Scottish Certificate of Education, 1963
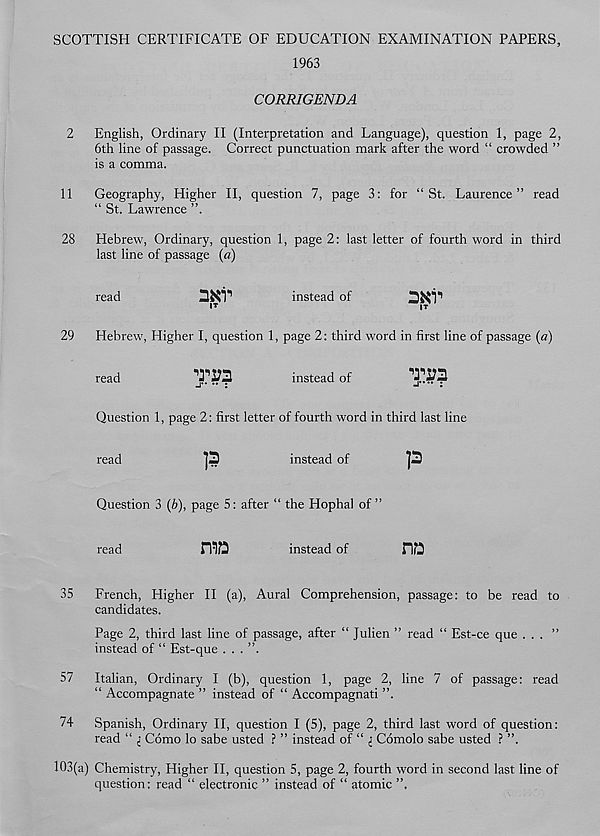
SCOTTISH CERTIFICATE OF EDUCATION EXAMINATION PAPERS,
1963
CORRIGENDA
2
English, Ordinary II (Interpretation and Language), question 1, page 2,
6th line of passage. Correct punctuation mark after the word “ crowded ”
is a comma.
11
Geography, Higher II, question 7, page 3: for “St. Laurence” read
“ St. Lawrence ”.
28
Hebrew, Ordinary, question 1, page 2: last letter of fourth word in third
last line of passage (a)
read
instead of
DKl'’
■ T
IT
29
Hebrew, Higher I, question 1, page 2: third word in first line of passage (a)
read
instead of
TJ?!
Question 1, page 2: first letter of fourth word in third last line
read
instead of
Question 3 (b), page 5: after “ the Hophal of ”
read
raa
instead of
35
French, Higher II (a), Aural Comprehension, passage: to be read to
candidates.
Page 2, third last line of passage, after “ Julien ” read “ Est-ce que . . . ”
instead of “ Est-que . . . ”.
57
Italian, Ordinary I (b), question 1, page 2, line 7 of passage: read
“ Accompagnate ” instead of “ Accompagnati ”.
74
Spanish, Ordinary II, question I (5), page 2, third last word of question:
read “ i Como lo sabe usted ? ” instead of “ i Comolo sabe usted ? ”,
103(a) Chemistry, Higher II, question 5, page 2, fourth word in second last line of
question; read “ electronic ” instead of “ atomic ”,
P
na